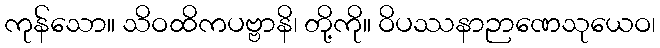
ကုန်သော။ သိဝထိကပဗ္ဗာနိ၊ တို့ကို။ ဝိပဿနာဉာဏေသုယေဝ၊